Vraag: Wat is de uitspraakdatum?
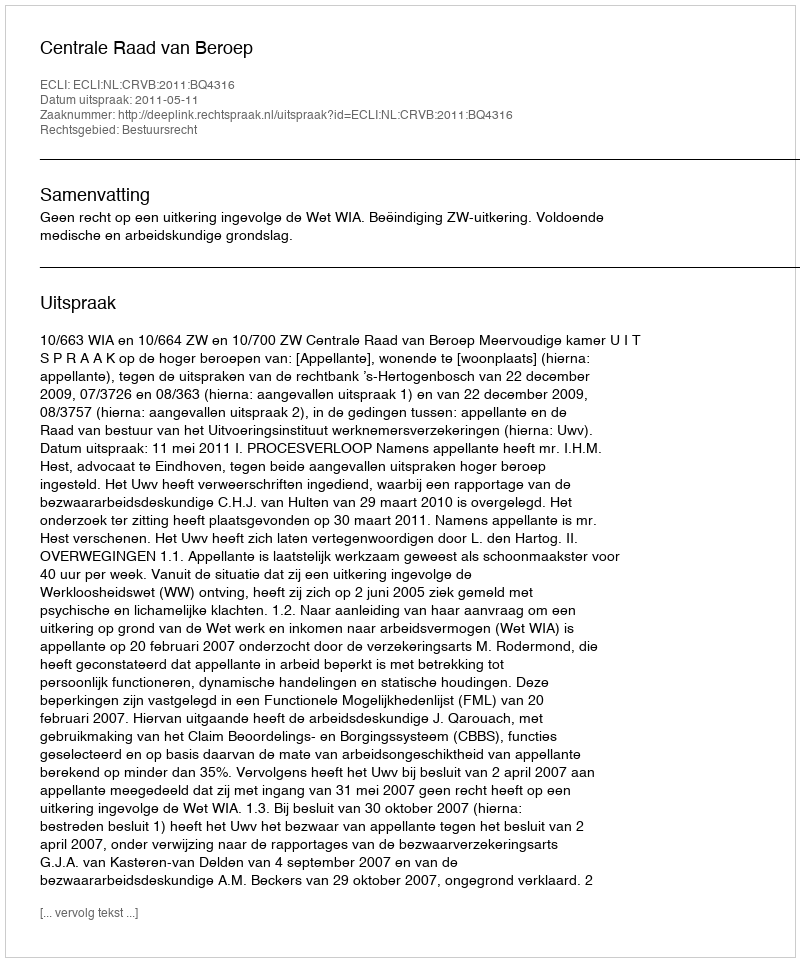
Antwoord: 2011-05-11